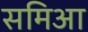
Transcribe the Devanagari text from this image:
समिआ